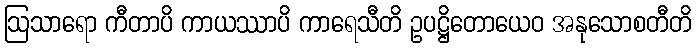
ဩသာရော ကီတာပိ ကာယဿာပိ ကာရေသီတိ ဥပဋ္ဌိတောယေဝ အနုသောစတီတိ